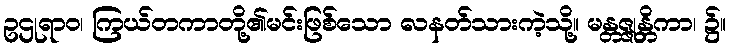
ဥဌုရာဝ၊ ကြယ်တကာတို့၏မင်းဖြစ်သော လနတ်သားကဲ့သို့။ မန္တဇ္ဇုန္တိကာ၊ ၌။